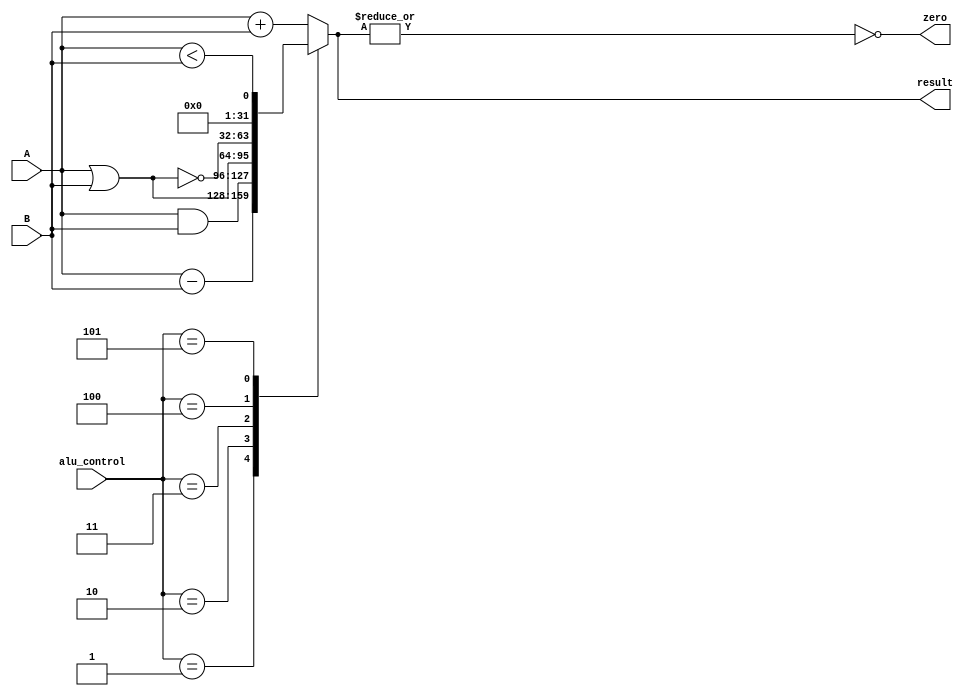
module Alu_Core(A, B, alu_control, result, zero);

input [31:0] A;
input [31:0] B;
input [2:0] alu_control;
output reg [31:0] result;
output wire zero;

assign zero = !(|result);

always @ (*)
begin
	case(alu_control)
	3'h0: result = A + B;
	3'h1: result = A - B;
	3'h2: result = A & B;
	3'h3: result = A | B;
	3'h4: result = ~(A | B);
	3'h5: result = (A < B);
	default: result = A + B;
	endcase
end
endmodule